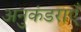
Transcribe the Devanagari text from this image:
अनुकंडराएँ